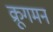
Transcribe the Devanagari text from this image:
क्रूगमन